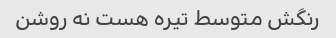
رنگش متوسط تیره هست نه روشن